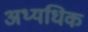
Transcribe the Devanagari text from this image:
अथ्यधिक